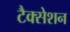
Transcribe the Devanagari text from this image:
टैक्सेशन